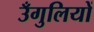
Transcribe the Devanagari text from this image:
उँगुलियों